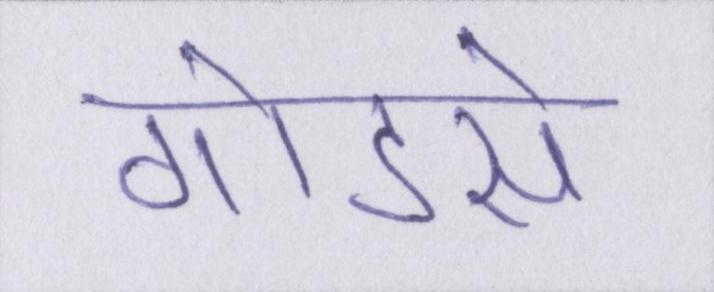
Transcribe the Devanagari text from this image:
गोडसे